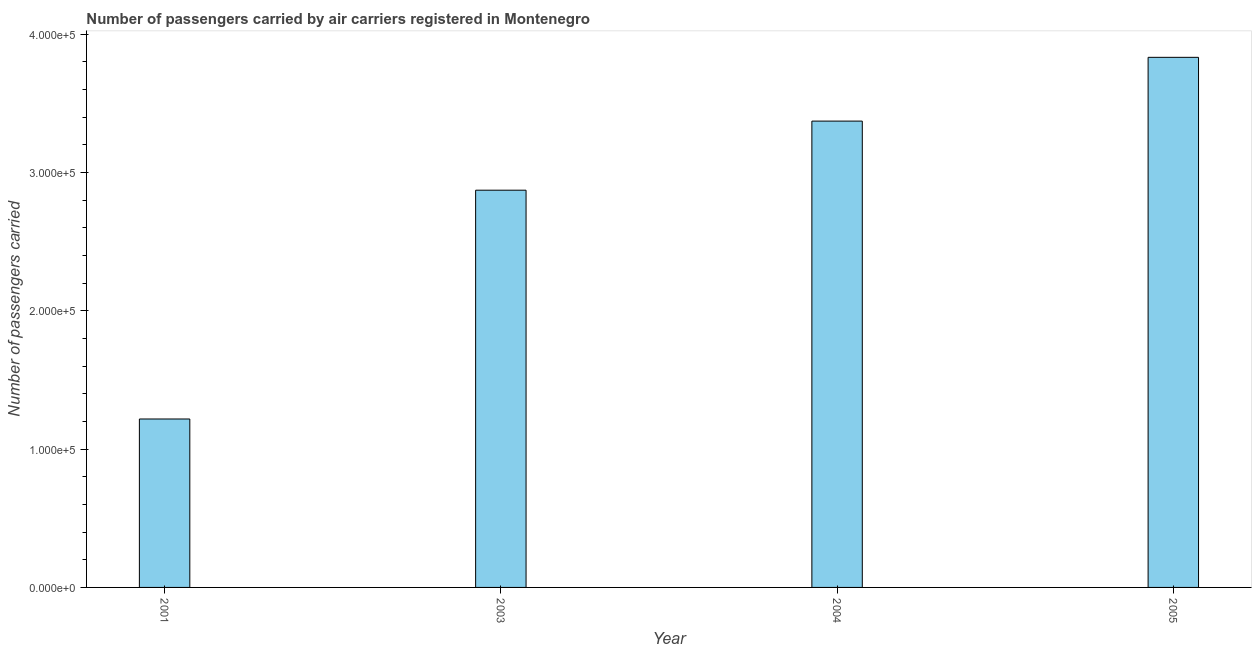
| Year | Air transport |
 | --- | --- |
 | 2001 | 1.22e+05 |
 | 2003 | 2.87e+05 |
 | 2004 | 3.37e+05 |
 | 2005 | 3.83e+05 |